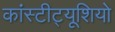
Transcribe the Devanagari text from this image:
कांस्टीट्यूशियो